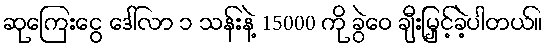
ဆုကြေးငွေ ဒေါ်လာ ၁ သန်းနဲ့ 15000 ကို ခွဲဝေ ချီးမြှင့်ခဲ့ပါတယ်။